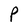
Character: P